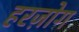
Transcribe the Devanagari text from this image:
हरज़ोग